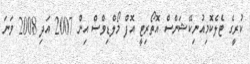
ކުރީގެ ޓެލެކޮމިއުނިކޭޝަންސް އޮތޯރިޓީ އޮފް މޯލްޑިވްސް އިން 2007 އަދި 2008 ވަނަ